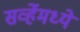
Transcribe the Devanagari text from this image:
सर्व्हेमध्ये